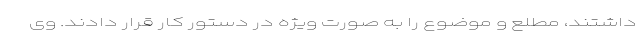
داشتند، مطلع و موضوع را به صورت ویژه در دستور کار قرار دادند. وی